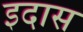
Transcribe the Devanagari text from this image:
इदास